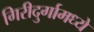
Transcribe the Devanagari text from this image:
गिरीदुर्गामध्ये